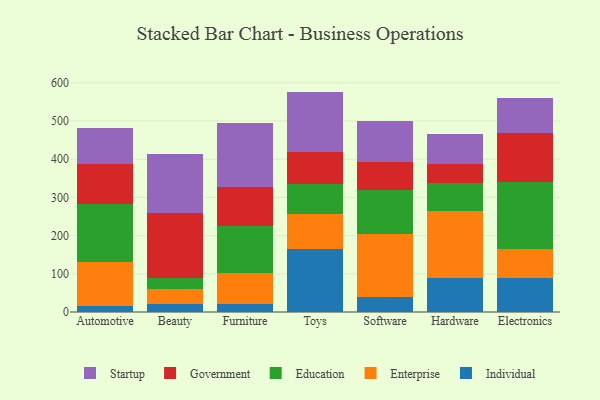
{"axis": {"x": "Category", "y": "Budget (USD K)"}, "legend": ["Education", "Enterprise", "Government", "Individual", "Startup"], "data": [{"x": "Automotive", "y": 15.2, "type": "Individual"}, {"x": "Automotive", "y": 114.9, "type": "Enterprise"}, {"x": "Automotive", "y": 152.9, "type": "Education"}, {"x": "Automotive", "y": 104.8, "type": "Government"}, {"x": "Automotive", "y": 93.1, "type": "Startup"}, {"x": "Beauty", "y": 21.1, "type": "Individual"}, {"x": "Beauty", "y": 38.9, "type": "Enterprise"}, {"x": "Beauty", "y": 27.9, "type": "Education"}, {"x": "Beauty", "y": 170.2, "type": "Government"}, {"x": "Beauty", "y": 156.0, "type": "Startup"}, {"x": "Furniture", "y": 20.8, "type": "Individual"}, {"x": "Furniture", "y": 80.9, "type": "Enterprise"}, {"x": "Furniture", "y": 123.8, "type": "Education"}, {"x": "Furniture", "y": 102.8, "type": "Government"}, {"x": "Furniture", "y": 166.4, "type": "Startup"}, {"x": "Toys", "y": 163.6, "type": "Individual"}, {"x": "Toys", "y": 92.8, "type": "Enterprise"}, {"x": "Toys", "y": 79.5, "type": "Education"}, {"x": "Toys", "y": 81.9, "type": "Government"}, {"x": "Toys", "y": 159.0, "type": "Startup"}, {"x": "Software", "y": 39.2, "type": "Individual"}, {"x": "Software", "y": 164.2, "type": "Enterprise"}, {"x": "Software", "y": 117.1, "type": "Education"}, {"x": "Software", "y": 72.1, "type": "Government"}, {"x": "Software", "y": 107.7, "type": "Startup"}, {"x": "Hardware", "y": 89.5, "type": "Individual"}, {"x": "Hardware", "y": 174.4, "type": "Enterprise"}, {"x": "Hardware", "y": 73.1, "type": "Education"}, {"x": "Hardware", "y": 50.3, "type": "Government"}, {"x": "Hardware", "y": 79.6, "type": "Startup"}, {"x": "Electronics", "y": 89.3, "type": "Individual"}, {"x": "Electronics", "y": 74.3, "type": "Enterprise"}, {"x": "Electronics", "y": 176.5, "type": "Education"}, {"x": "Electronics", "y": 127.1, "type": "Government"}, {"x": "Electronics", "y": 93.6, "type": "Startup"}]}